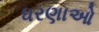
ધરણાઓ